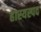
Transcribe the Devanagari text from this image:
हास्यस्पद